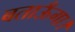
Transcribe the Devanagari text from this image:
बताऊँगा।